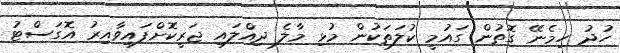
ހުދު ހިމެނޭ ގޮތުން ގައުމީ ކުލަތަކުން މުޅި މާލެ ދިއްލައި ޖަރީކޮށްފައިވާއިރު އޮގަސްޓު